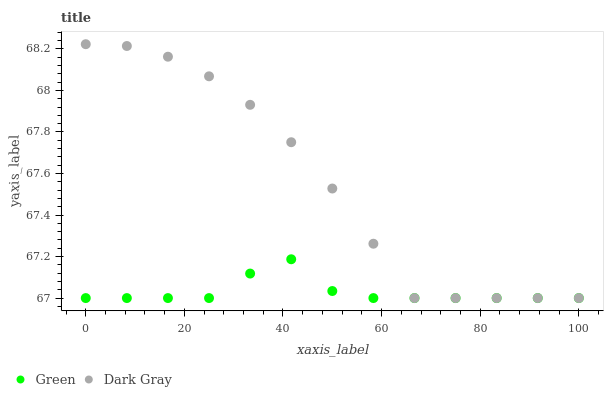
| xaxis_label | Green | Dark Gray |
 | --- | --- | --- |
 | 0 | 67 | 68.2 |
 | 8.33 | 67 | 68.2 |
 | 16.7 | 67 | 68.2 |
 | 25 | 67 | 68.1 |
 | 33.3 | 67.1 | 67.9 |
 | 41.7 | 67.2 | 67.8 |
 | 50 | 67 | 67.5 |
 | 58.3 | 67 | 67.3 |
 | 66.7 | 67 | 67 |
 | 75 | 67 | 67 |
 | 83.3 | 67 | 67 |
 | 91.7 | 67 | 67 |
 | 100 | 67 | 67 |